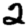
Digit: 2